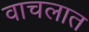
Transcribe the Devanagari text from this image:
वाचलात